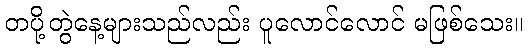
တပို့တွဲနေ့များသည်လည်း ပူလောင်လောင် မဖြစ်သေး။